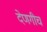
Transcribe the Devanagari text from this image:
देणगीच